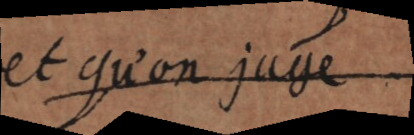
et qu’on juge